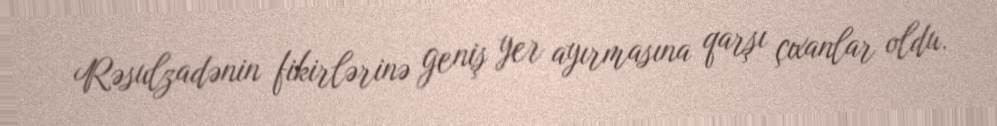
Rəsulzadənin fikirlərinə geniş yer ayırmasına qarşı çıxanlar oldu.